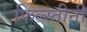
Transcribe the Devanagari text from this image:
फिल्स्तीनी